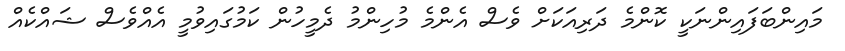
މައިންބަފައިންނަކީ ކޮންމެ ދަރިއަކަށް ވެސް އެންމެ މުހިންމު ދެމީހުން ކަމުގައިވުމީ އެއްވެސް ޝައްކެއް